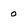
Character: 0